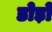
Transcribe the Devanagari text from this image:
डोड़ों